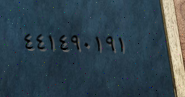
٤٤١٤٩٠١٩١